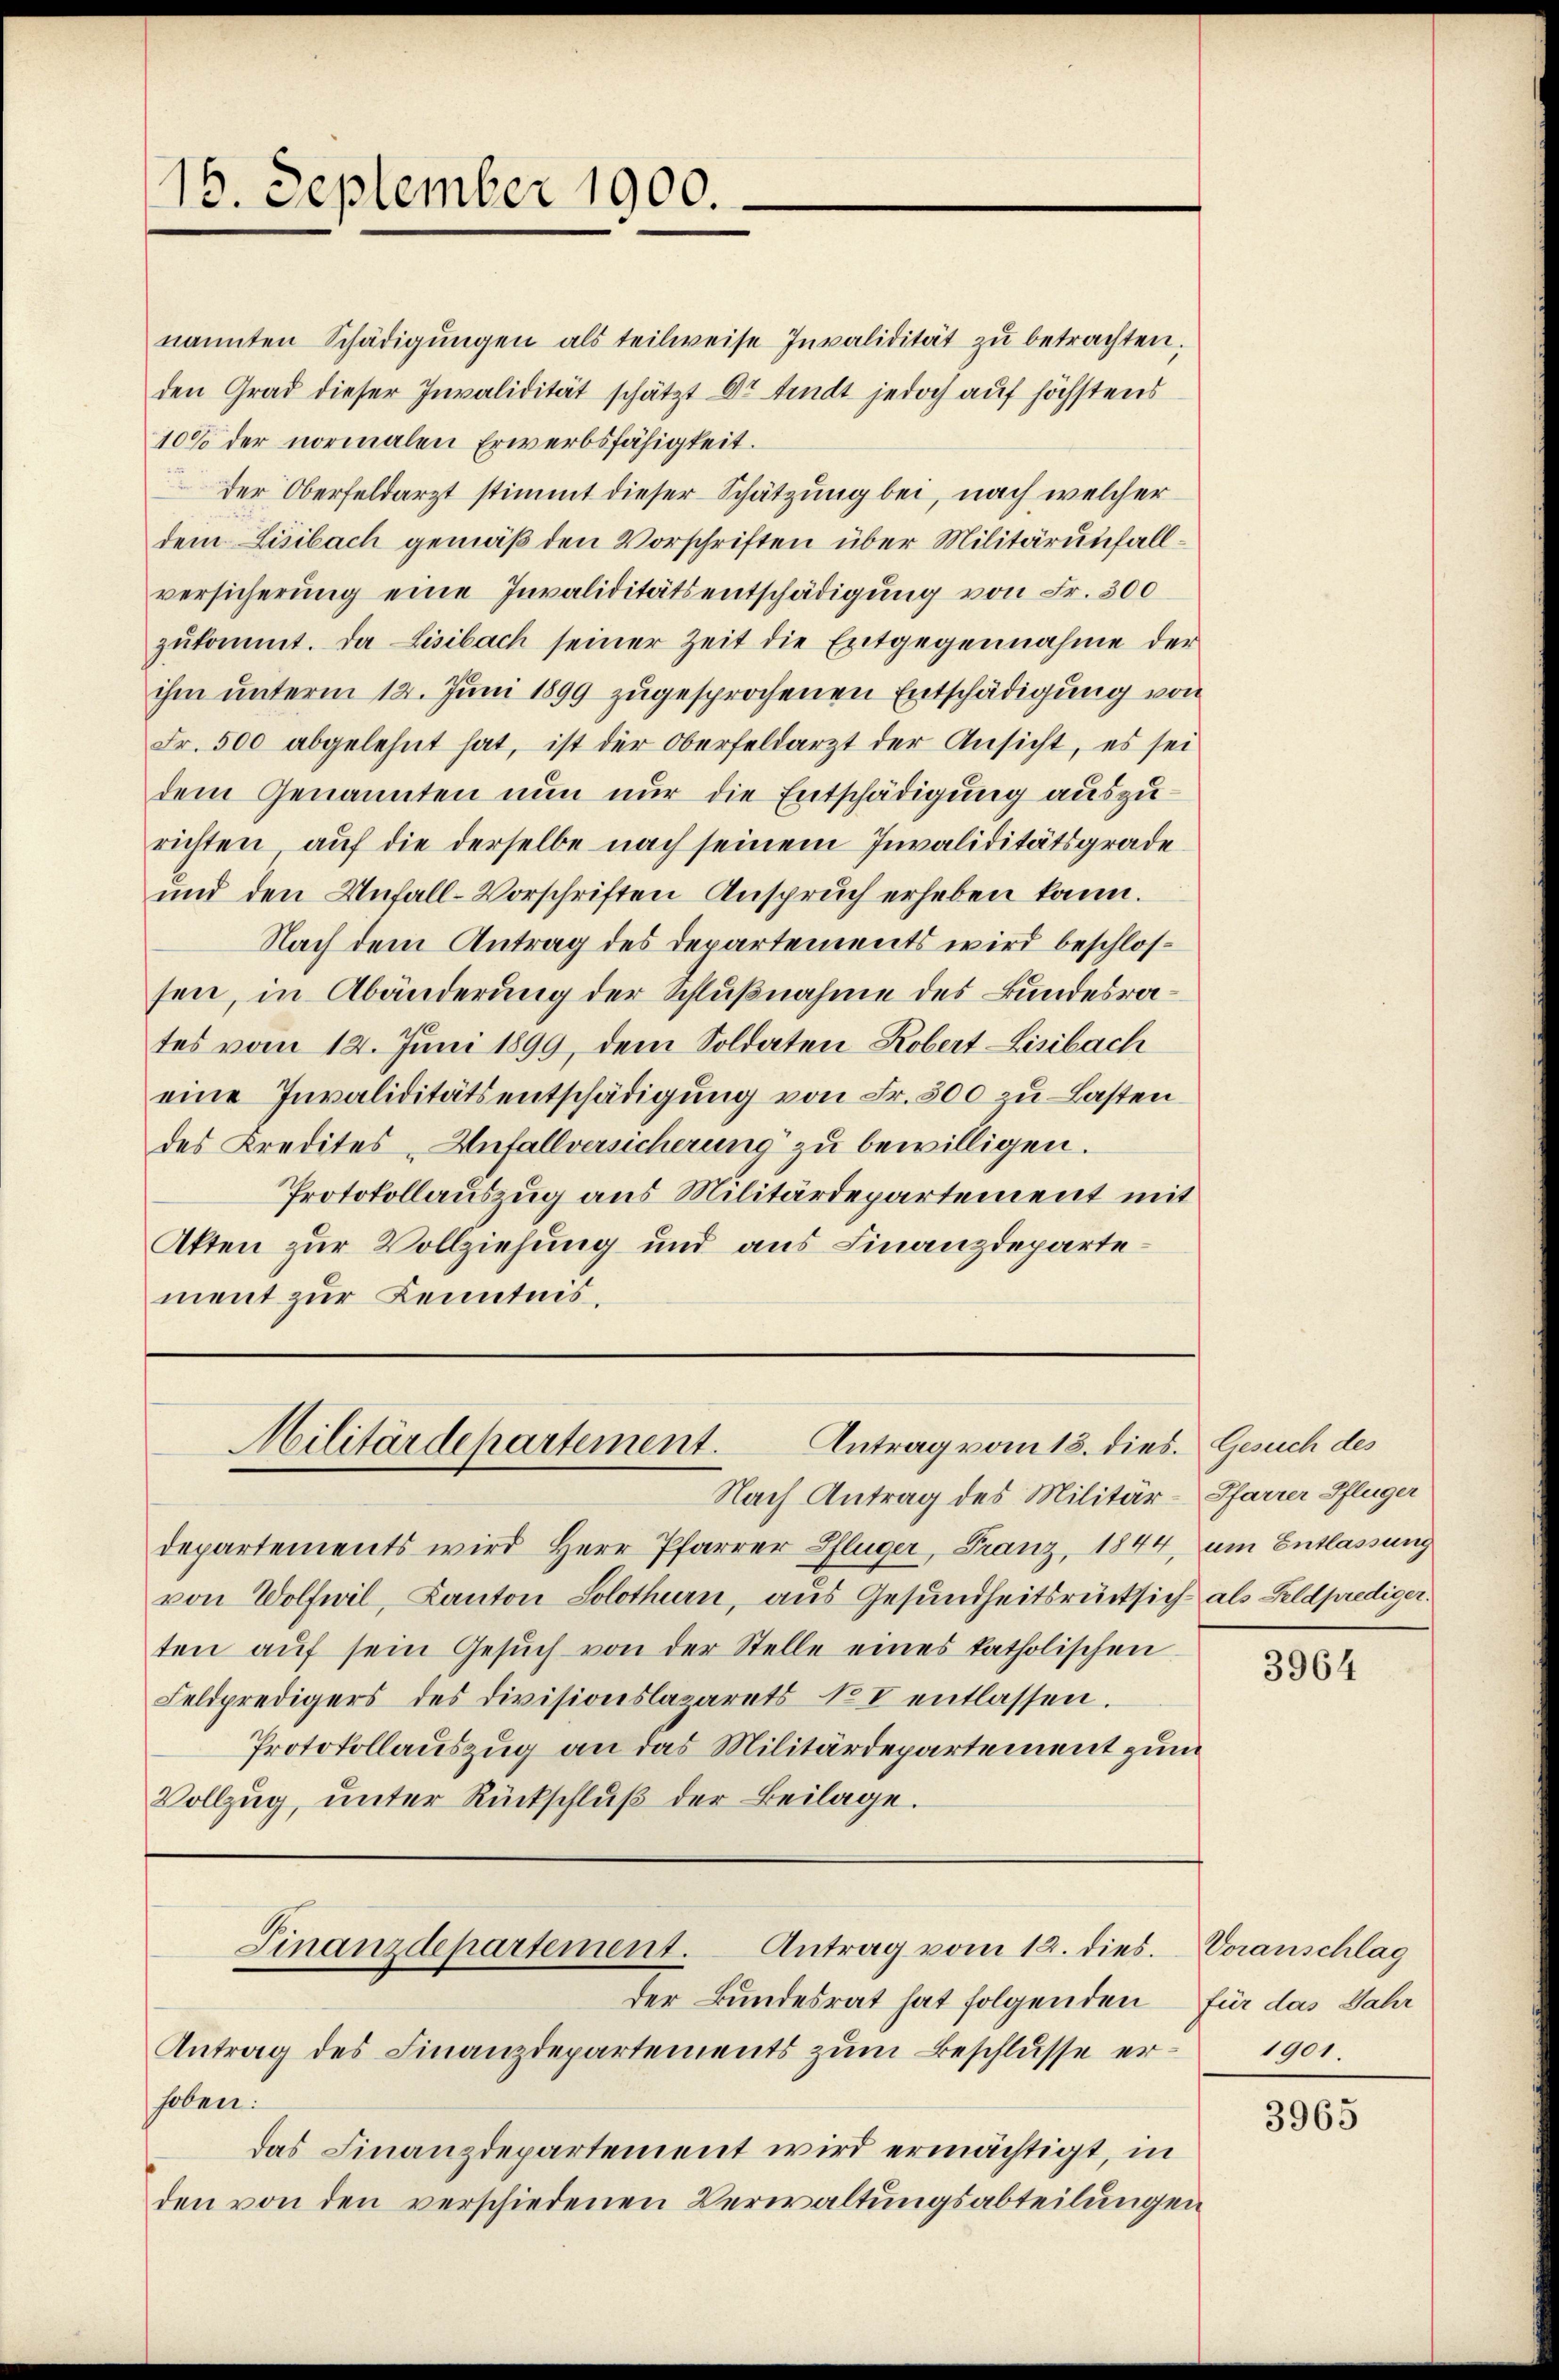
16. September 1900.

nannten Schädigŭngen als teilweise Invalidität zŭ betrachten.
den Grad dieser Invalidität schätzt Art findt jedoch auf höchstens
10% der normalen Erwerbsfähigkeit.
der Oberfeldarzt stimmt dieser Schätzung bei, nach welcher
dem Lisibach gemäß den Vorschriften über Militärunfallversicherŭng eine Invaliditätsentschädigŭng von Fr. 300
zŭkommt. Da Lisibach seiner Zeit die Entgegennahme der
ihm unterm 12. Juni 1899 zugesprochenen Entschädigung von
Fr. 500 abgelehnt hat, ist der Oberfeldarzt der Ansicht, es sei
dem Genannten nun nur die Entschädigung auszurichten, auf die derselbe nach seinem Invaliditätsgrade
und den Unfall-Vorschriften Anspruch erheben kann.
Nach dem Antrag des Departements wird beschlossen, in Abänderung der Schlußnahme des Bundesrates vom 12. Juni 1899, dem Soldaten Robert Lisibach
eine Invaliditätsentschädigŭng von Fr. 300 zu Lasten
des Kredites Anfallversicherung zu bewilligen.
Protokollauszug aus Militärdepartement mit
Akten zur Vollziehung und aus Finanzdepartement zur Kenntnis.

Antrag vom 18. dies.
Militärdepartement.

Nach Antrag des Militär-Pfarrer Pflüger

Finanzdepartement. Antrag vom 12. dies. Voranschlag

departements wird Herr Pfarrer Pflüger, Franz, 1844, um Entlassung
von Wolfwil, Kanton Solothurn, aus Gesundheitsrücksich als Feldprediger.
ten aŭf sein Gesŭch von der Stelle eines katholischen
Feldpredigers des Divisionslazarets No V entlassen.
Protokollauszug an das Militärdepartement zum
Vollzŭg, ŭnter Rückschlŭβ der Beilage.

der Bundesrat hat folgenden für das Jahr
Antrag des Finanzdepartements zum Beschlusse erheben:
das Finanzdepartement wird ermächtigt, in
den von den verschiedenen Verwaltungsabteilungen

Gesuch des

3964

1901.

3965